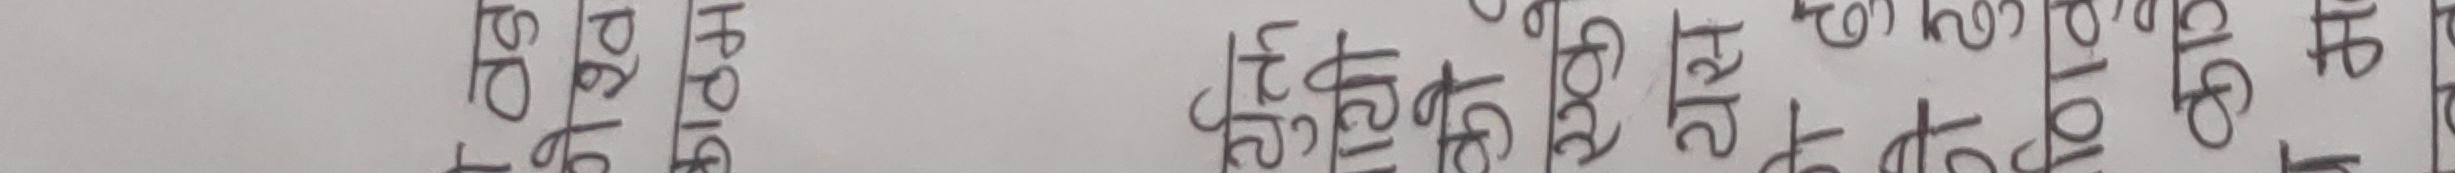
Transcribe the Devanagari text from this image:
सबै हस्तिहरु